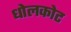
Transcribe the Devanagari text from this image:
धोलकोट